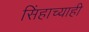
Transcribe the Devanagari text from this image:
सिंहाच्याही